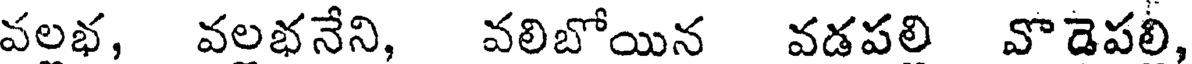
వలభ, వలభనేని, వలిబోయిన వడపలి వొడెపలి,